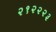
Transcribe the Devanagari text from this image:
२१२२२३